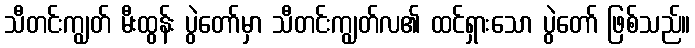
သီတင်းကျွတ် မီးထွန်း ပွဲတော်မှာ သီတင်းကျွတ်လ၏ ထင်ရှားသော ပွဲတော် ဖြစ်သည်။